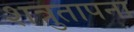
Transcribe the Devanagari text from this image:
शत्रुतापना